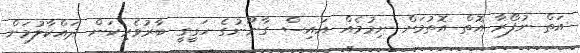
އަތް ނުފޯރާ އޮތް އޮތުމަށް ނިމުމެއް އައިސް ގާނޫނުގެ ހަގީގީ ބާރުވެރިކަން ދައްކާލުމަށް